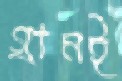
গ্রামই